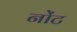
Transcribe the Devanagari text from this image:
नोंट